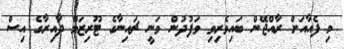
މި ފެއާއަށް ރާއްޖޭން ބައިވެރިވި ވަފުދުން ވަނީ ޗައިނާގެ ޓޫރިޒަމް ދާއިރާގެ އިސް